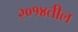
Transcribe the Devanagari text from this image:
२०१४तील